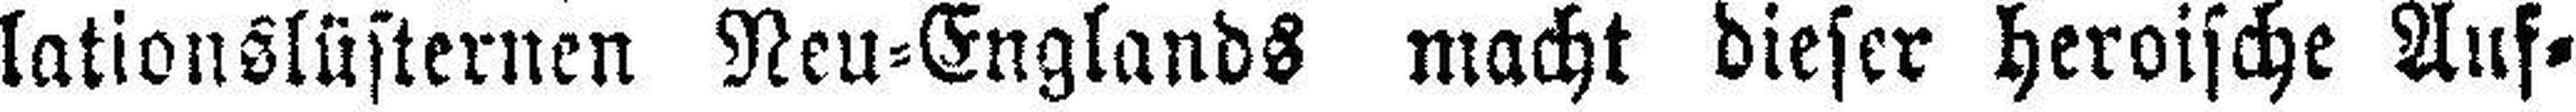
lationslüsternen Neu=Englands macht dieser heroische Auf¬